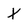
Character: T